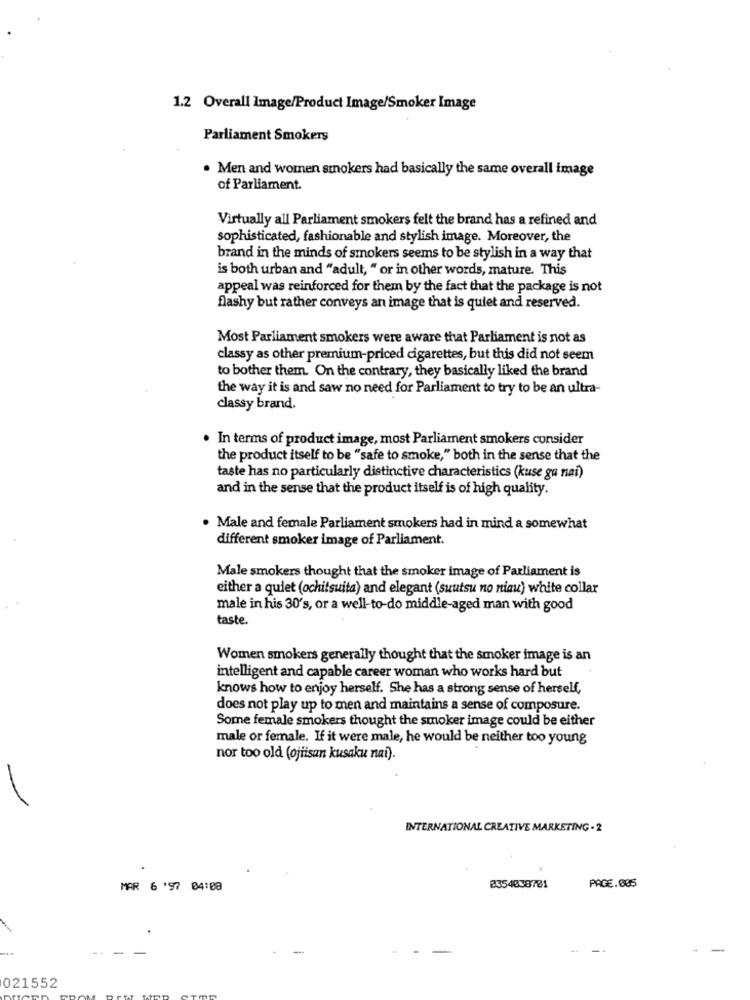
1.2 Overall Image/Product Image/Smoker Image
Parliament Smokers
. Men and women smokers had basically the same overall image
of Parliament.
Virtually all Parliament smokers felt the brand has a refined and
sophisticated, fashionable and stylish image. Moreover, the
brand in the minds of smokers seems to be stylish in a way that
is both urban and "adult, " or in other words, mature. This
appeal was reinforced for them by the fact that the package is not
flashy but rather conveys an image that is quiet and reserved.
Most Parliament smokers were aware that Parliament is not as
classy as other premium-priced cigarettes, but this did not seem
to bother them. On the contrary, they basically liked the brand
the way it is and saw no need for Parliament to try to be an ultra-
classy brand.
. In terms of product image, most Parliament smokers consider
the product itself to be "safe to smoke," both in the sense that the
taste has no particularly distinctive characteristics (kuse ga nai)
and in the sense that the product itself is of high quality.
· Male and female Parliament smokers had in mind a somewhat
different smoker image of Parliament.
Male smokers thought that the smoker image of Parliament is
either a quiet (ochitsuita) and elegant (suutsu no niau) white collar
male in his 30's, or a well-to-do middle-aged man with good
taste.
Women smokers generally thought that the smoker image is an
intelligent and capable career woman who works hard but
knows how to enjoy herself. She has a strong sense of herself,
does not play up to men and maintains a sense of composure.
Some female smokers thought the smoker image could be either
male or female. If it were male, he would be neither too young
nor too old (ojiisan kusaku nai).
INTERNATIONAL CREATIVE MARKETING - 2
MAR 6 '97 04:08
2354038781
PAGE.005
--
021552